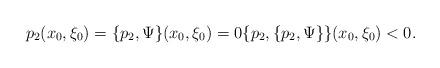
LaTeX: \begin{align*}p_2(x_0,\xi_0)=\{ p_2 ,\Psi\}(x_0, \xi_0)=0 \{p_2,\{p_2,\Psi\}\}(x_0, \xi_0) < 0 .\end{align*}